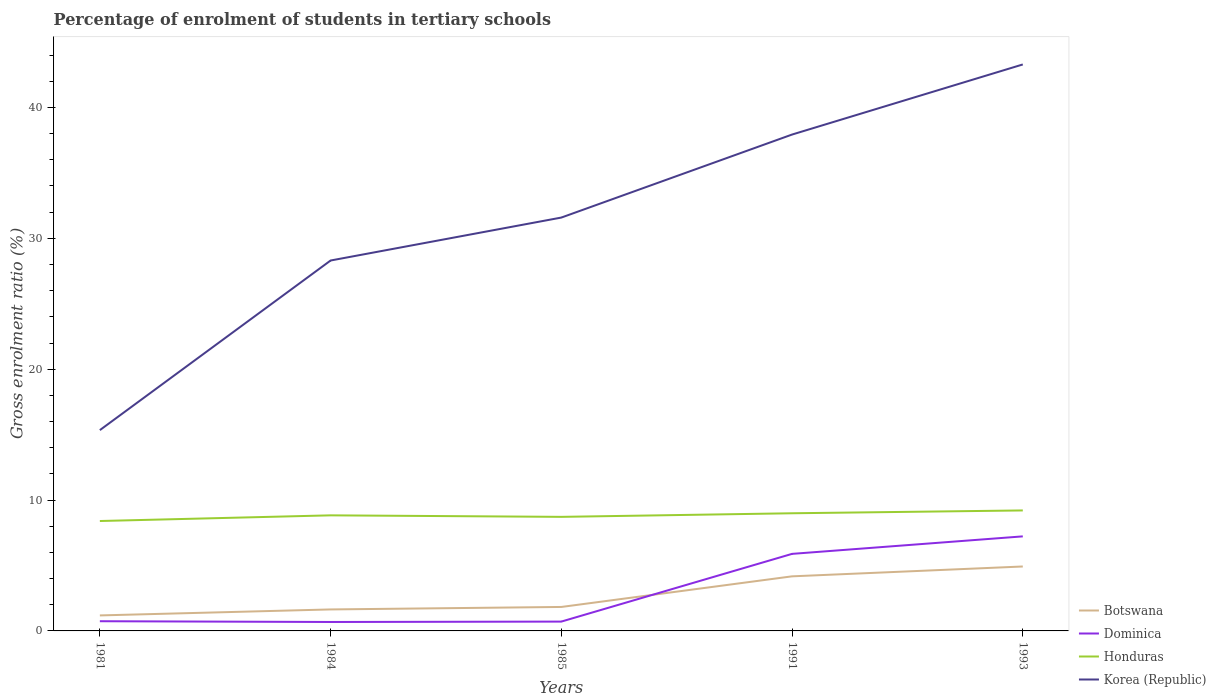
| Years | Botswana | Dominica | Honduras | Korea (Republic) |
 | --- | --- | --- | --- | --- |
 | 1981 | 1.18 | 0.742 | 8.4 | 15.3 |
 | 1984 | 1.64 | 0.683 | 8.83 | 28.3 |
 | 1985 | 1.83 | 0.713 | 8.72 | 31.6 |
 | 1991 | 4.17 | 5.89 | 8.99 | 37.9 |
 | 1993 | 4.92 | 7.22 | 9.21 | 43.3 |